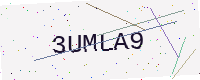
Text: 3UMLA9